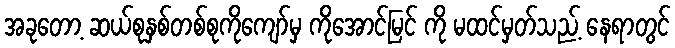
အခုတော့ ဆယ်စုနှစ်တစ်စုကိုကျော်မှ ကိုအောင်မြင် ကို မထင်မှတ်သည့် နေရာတွင်